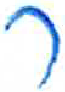
אות: ר